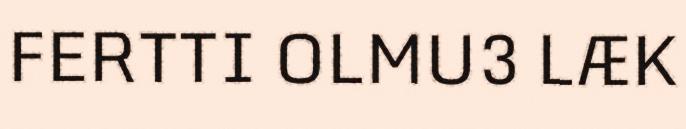
FERTTI OLMU3 LÆK